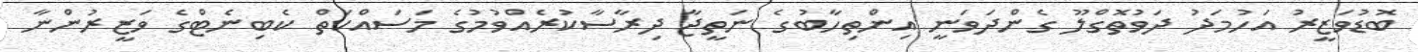
ބޮޑުވަޒީރު އަހުމަދު ދަވުތޮގްލޫ ގެންދަވަނީ އިންތިހާބުގެ ނަތީޖާ ދިރާސާކުރެއްވުމުގެ މަސައްކަތް ކެބިނެޓްގެ ވަޒީރުންނާ